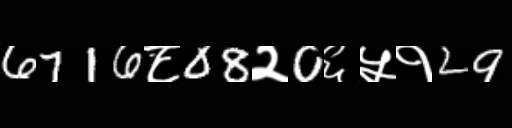
Text: 6716८08२0६५१29